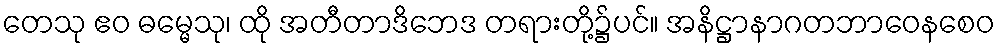
တေသု ဧဝ ဓမ္မေသု၊ ထို အတီတာဒိဘေဒ တရားတို့၌ပင်။ အနိဋ္ဌာနာဂတဘာဝေနစေဝ